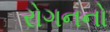
રોગનનો